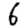
Digit: 6